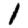
Digit: 1